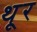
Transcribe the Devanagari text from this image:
थू्र